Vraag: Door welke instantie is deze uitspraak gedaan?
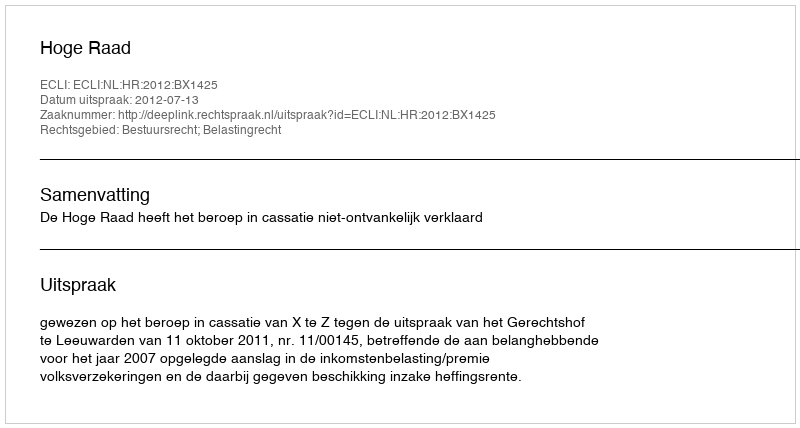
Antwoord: Hoge Raad